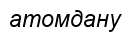
атомдану